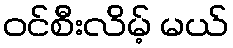
ဝင်စီးလိမ့် မယ်